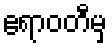
ဧရာဝတီမှ